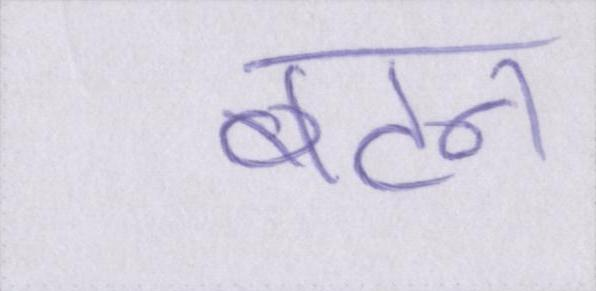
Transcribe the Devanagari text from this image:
बटन